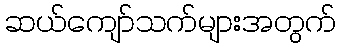
ဆယ်ကျော်သက်များအတွက်